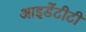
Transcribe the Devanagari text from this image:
आइडेंटीटी